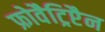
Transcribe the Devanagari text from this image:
फ्रोवैट्रिप्टैन